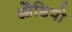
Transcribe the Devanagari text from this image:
औडियो